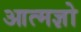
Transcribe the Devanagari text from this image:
आत्मज्ञो